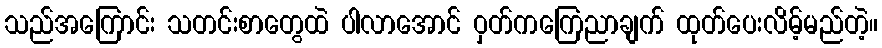
သည်အကြောင်း သတင်းစာတွေထဲ ပါလာအောင် ဝှတ်ကကြေညာချက် ထုတ်ပေးလိမ့်မည်တဲ့။